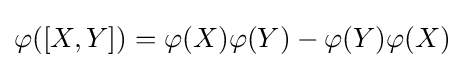
\varphi ([X,Y])=\varphi (X)\varphi (Y)-\varphi (Y)\varphi (X)